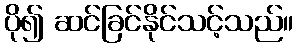
ပို၍ ဆင်ခြင်နိုင်သင့်သည်။